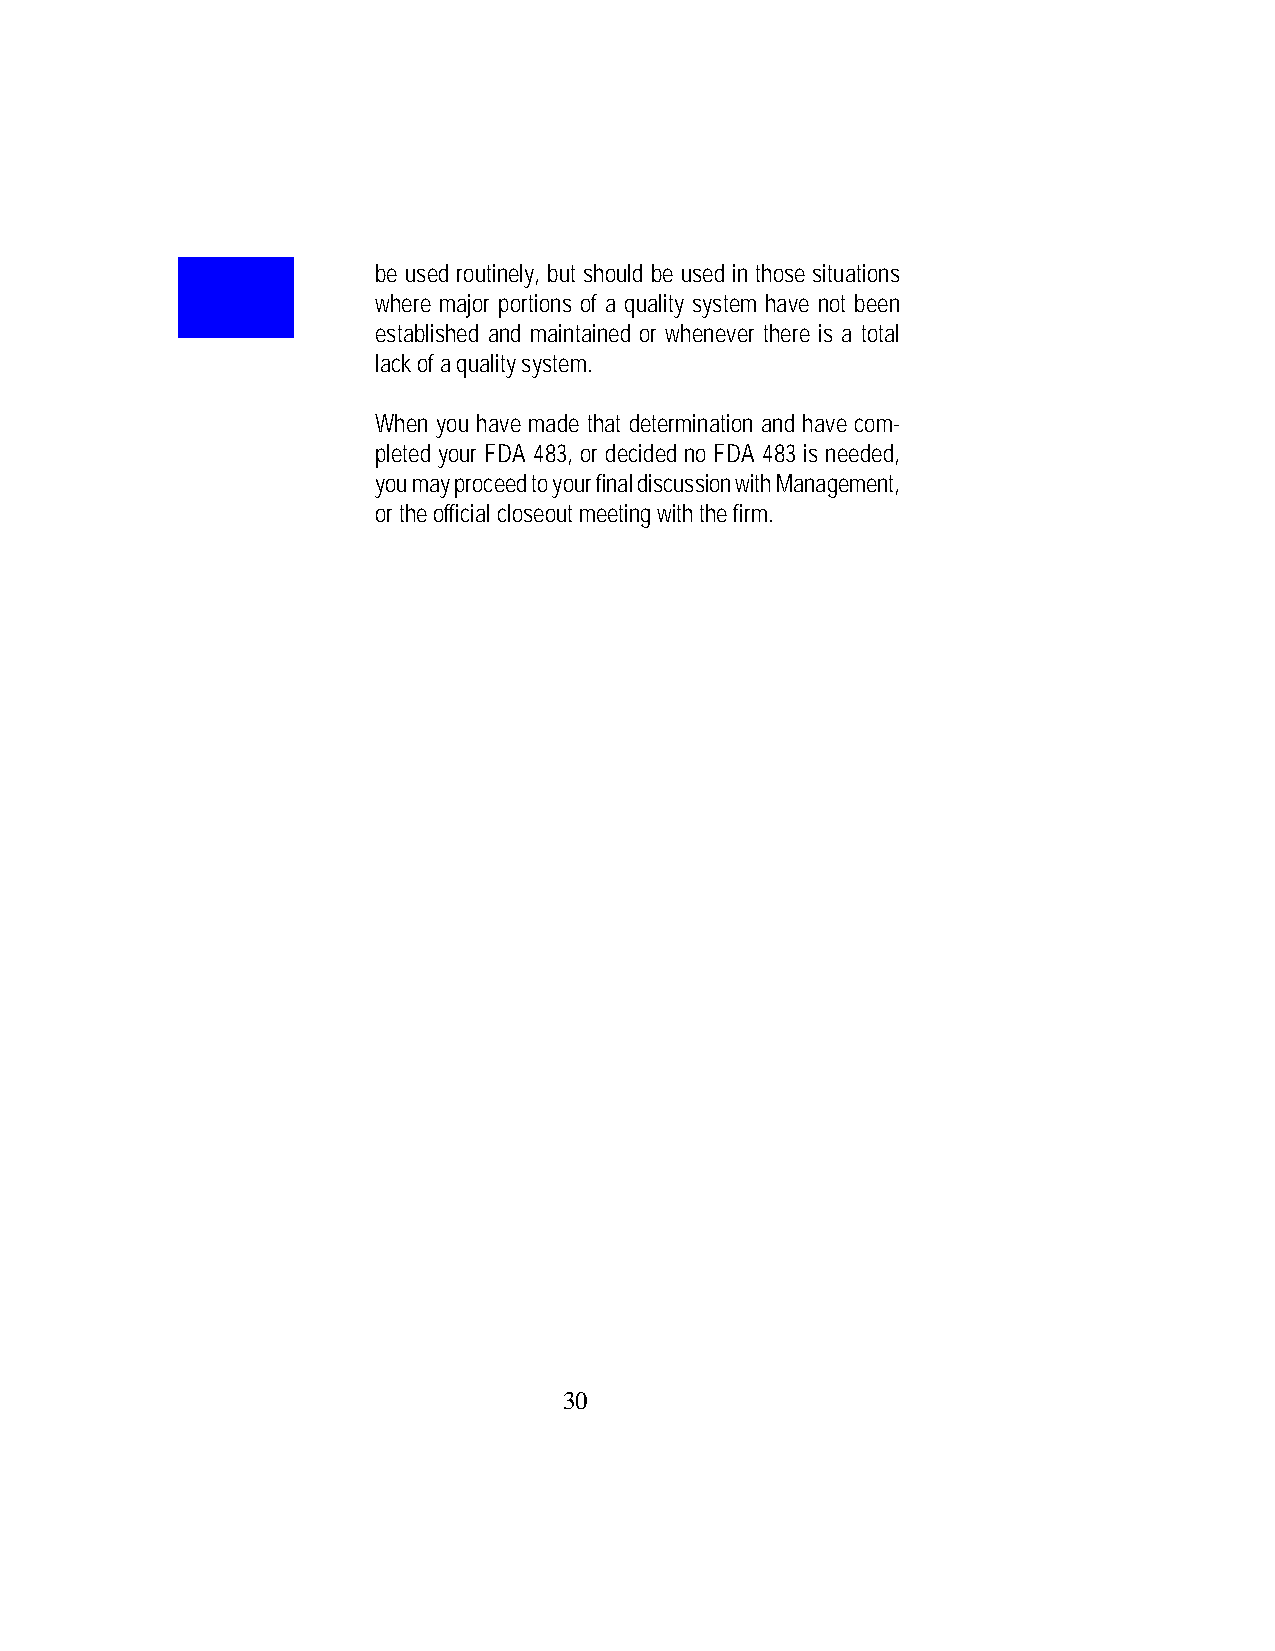
be used routinely, but should be used in those situations
 where major portions of a quality system have not been
 established and maintained or whenever there is a total
 lack of a quality system.
 When you have made that determination and have com-
 pleted your FDA 483, or decided no FDA 483 is needed,
 you may proceed to your final discussion with Management,
 or the official closeout meeting with the firm.
 30